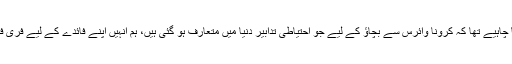
ہمیں اس بات پر اتفاق کر لینا چاہیے تھا کہ کرونا وائرس سے بچاؤ کے لیے جو احتیاطی تدابیر دنیا میں متعارف ہو گئی ہیں، ہم انہیں اپنے فائدے کے لیے فری فنڈ میں بروئے کار لے لائیں۔